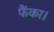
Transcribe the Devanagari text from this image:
फैंका।